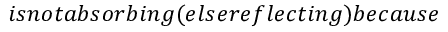
i s n o t a b s o r b i n g ( e l s e r e f l e c t i n g ) b e c a u s e